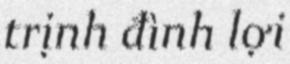
trịnh đình lợi